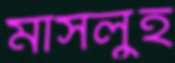
মাসলুহ